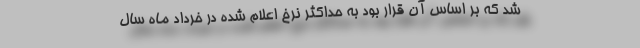
شد که بر اساس آن قرار بود به حداکثر نرخ اعلام شده در خرداد ماه سال